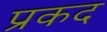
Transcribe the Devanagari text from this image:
प्रकद